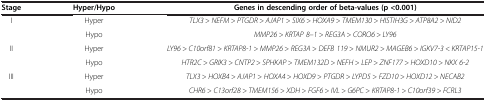
| Stage | Hyper/Hypo | Genes in descending order of beta-values (p <0.001) |
 | --- | --- | --- |
 | I | Hyper | TLX3 > NEFM > PTGDR > AJAP1 > SIX6 > HOXA9 > TMEM130 > HISTIH3G > ATP8A2 > NID2 |
 |  | Hypo | MMP26 > KRTAP 8–1 > REG3A > CORO6 > LY96 |
 | II | Hyper | LY96 > C10orf81 > KRTAP8-1 > MMP26 > REG3A > DEFB 119 > NMUR2 > MAGEB6 > IGKV7-3 < KRTAP15-1 |
 |  | Hypo | HTR2C > GRIK3 > CNTP2 > SPHKAP > TMEM132D > NEFH > LEP > ZNF177 > HOXD10 > NKX 6-2 |
 | III | Hyper | TLX3 > HOXB4 > AJAP1 > HOXA4 > HOXD9 > PTGDR > LYPD5 > FZD10 > HOXD12 > NECAB2 |
 |  | Hypo | CHR6 > C13orf28 > TMEM156 > XDH > FGF6 > IVL > G6PC > KRTAP8-1 > C10orf39 > FCRL3 |